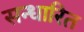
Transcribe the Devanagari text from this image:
सन्धारित